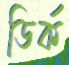
ডির্ক